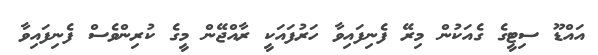
އައްޑޫ ސިޓީގެ ގެއަކުން މިރޭ ފެނިފައިވާ ހަރުފައަކީ ރާއްޖޭން މީގެ ކުރިންވެސް ފެނިފައިވާ